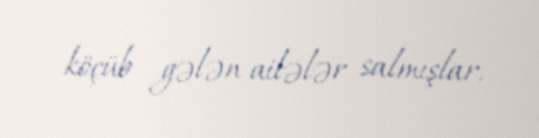
köçüb gələn ailələr salmışlar.